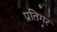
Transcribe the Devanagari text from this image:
प्रतिगर